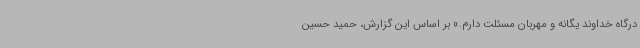
درگاه خداوند یگانه و مهربان مسئلت دارم.» بر اساس این گزارش، حمید حسین